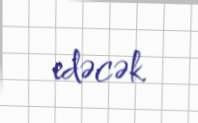
edəcək.